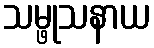
သမ္ဖုသနာယ